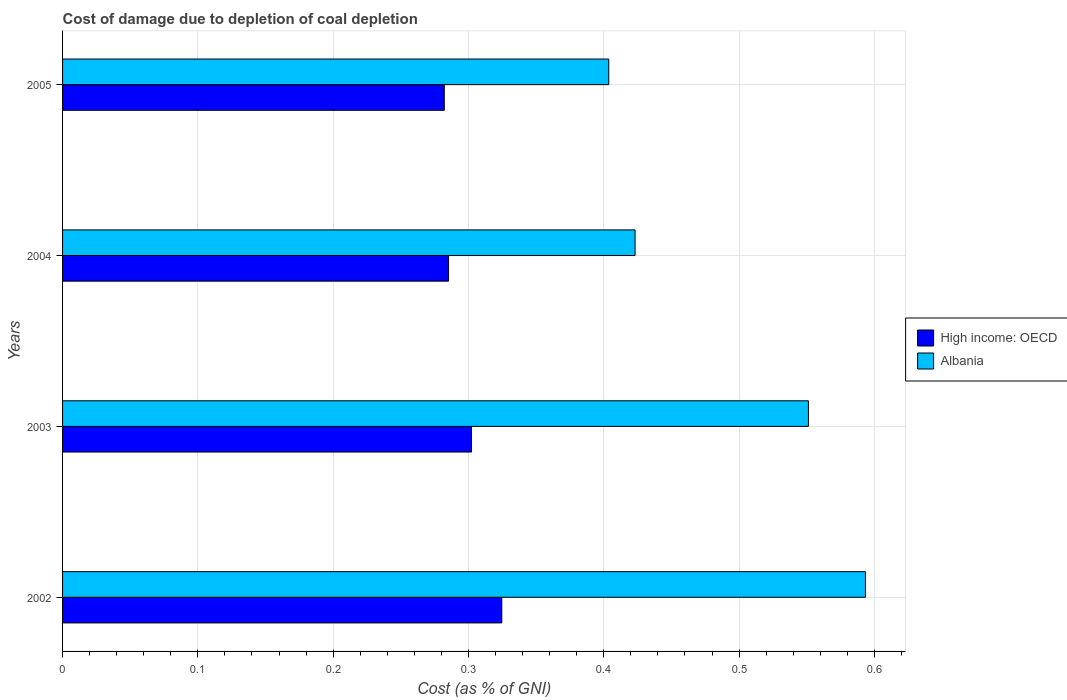
| Years | High income: OECD | Albania |
 | --- | --- | --- |
 | 2002 | 0.325 | 0.593 |
 | 2003 | 0.302 | 0.551 |
 | 2004 | 0.285 | 0.423 |
 | 2005 | 0.282 | 0.404 |